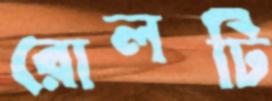
রোলটি